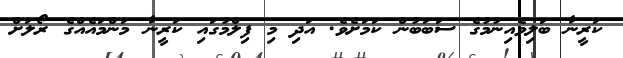
ކަރީނާ ބަލިވެއިނުމުގެ ސަބަބުން ކަމަށެވެ. އަދި މި ފިލްމުގައި ކަރީނާ މަންމައެއްގެ ރޯލަށް